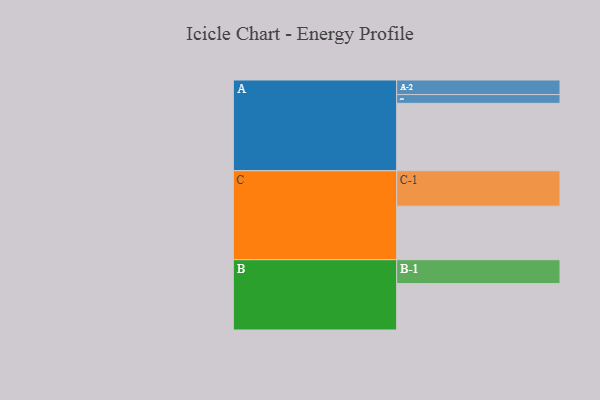
{"axis": {"x": "Segment", "y": "Value"}, "legend": ["", "A", "B", "C"], "data": [{"x": "A", "y": 508, "type": ""}, {"x": "B", "y": 350, "type": ""}, {"x": "C", "y": 404, "type": ""}, {"x": "A-1", "y": 66, "type": "A"}, {"x": "A-2", "y": 110, "type": "A"}, {"x": "B-1", "y": 180, "type": "B"}, {"x": "C-1", "y": 267, "type": "C"}]}